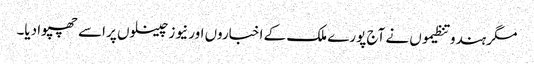
مگر ہندو تنظیموں نے آج پورے ملک کے اخباروں اور نیوز چینلوں پر اسے چھپوا دیا۔